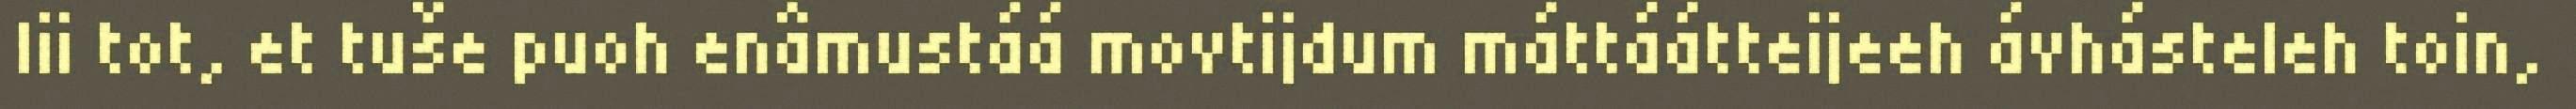
lii tot, et tuše puoh enâmustáá movtijdum máttáátteijeeh ávhásteleh toin,